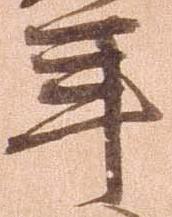
年